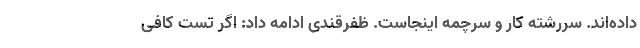
داده‌اند. سررشته کار و سرچمه اینجاست. ظفرقندی ادامه داد: اگر تست کافی